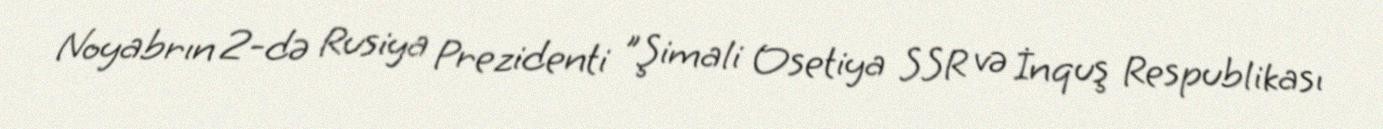
Noyabrın 2-də Rusiya Prezidenti "Şimali Osetiya SSR və İnquş Respublikası